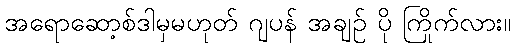
အရောဆော့စ်ဒါမှမဟုတ် ဂျပန် အချဉ် ပို ကြိုက်လား။